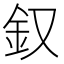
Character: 𨥁